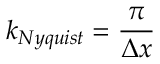
k _ { N y q u i s t } = \frac { \pi } { \Delta x }